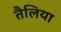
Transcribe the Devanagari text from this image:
तैलिया